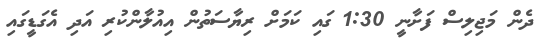
ދެން މަޖިލިސް ފަށާނީ 1:30 ގައި ކަމަށް ރިޔާސަތުން އިއުލާންކުރި އަދި އެގަޑީގައި